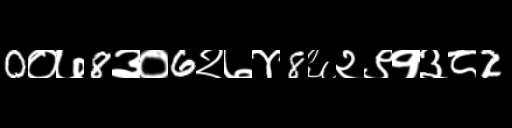
Text: 0०७8३०6२७४8६२९१३८2